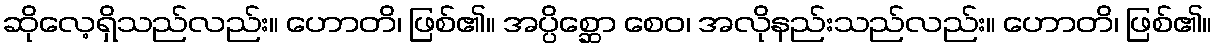
ဆိုလေ့ရှိသည်လည်း။ ဟောတိ၊ ဖြစ်၏။ အပ္ပိစ္ဆော စေဝ၊ အလိုနည်းသည်လည်း။ ဟောတိ၊ ဖြစ်၏။